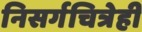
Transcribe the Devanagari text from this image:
निसर्गचित्रेही